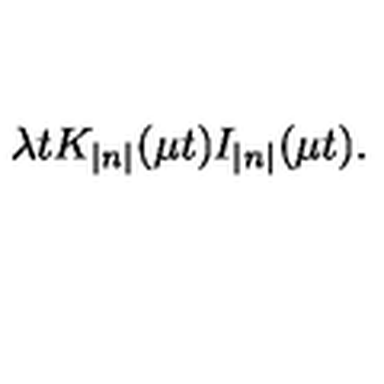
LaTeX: \lambda t K _ { \left| n \right| } ( \mu t ) I _ { \left| n \right| } ( \mu t ) .